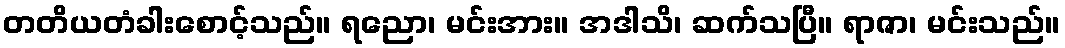
တတိယတံခါးစောင့်သည်။ ရညော၊ မင်းအား။ အဒါသိ၊ ဆက်သပြီ။ ရာဇာ၊ မင်းသည်။